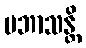
ပဘာသန္တိ